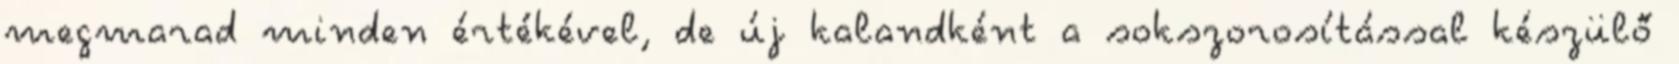
megmarad minden értékével, de új kalandként a sokszorosítással készülő